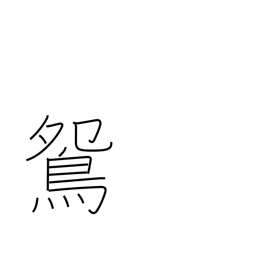
Meaning: male mandarin duck